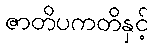
ဇာတိပကတိနှင့်